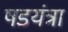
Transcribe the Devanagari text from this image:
षडयंत्रा